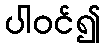
ပါဝင်၍